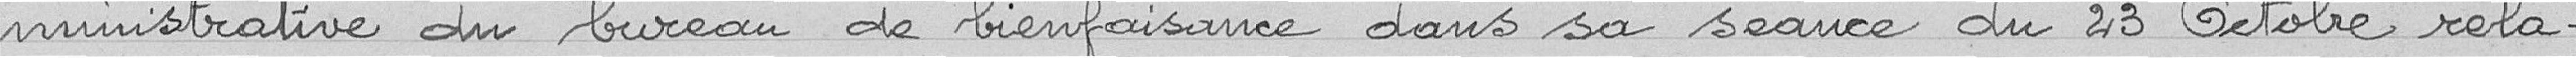
ministrative du bureau de bienfaisance dans sa séance du 23 octobre rela